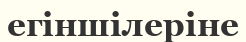
егіншілеріне